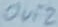
Text: OUT2